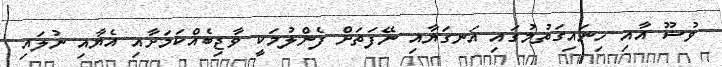
ވުޟޫ އާއި ހިނައިގަތުމުގައި އަނގަޔާއި ނޭފަތަށް ފެންލުމަކީ ވާޖިބެއްކަމަށާއި އެޔާއި ނުލައި